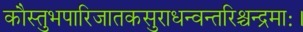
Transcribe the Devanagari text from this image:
कौस्तुभपारिजातकसुराधन्वन्तरिश्चन्द्रमाः।